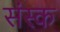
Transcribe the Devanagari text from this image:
संस्क